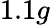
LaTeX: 1.1g